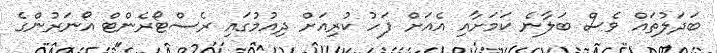
ބަދަލުތައް ވެސް ބަލާނެ ކަމަށާއި އެއަށް ފަހު ކުރިއަށް ދިއުމުގައި ރެސްޓޯރެންޓް އޯނަރުންގެ